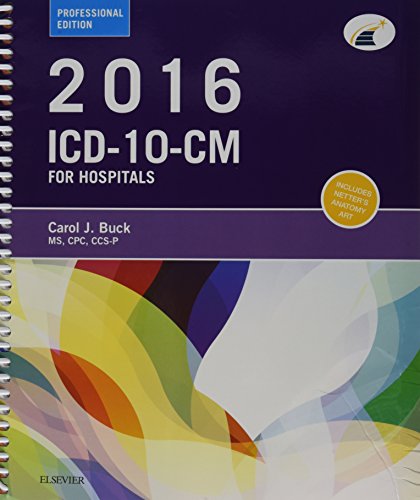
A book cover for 2016 ICD-10-CM Hospital Professional Edition (Spiral bound), 2015 HCPCS Professional Edition and AMA 2015 CPT Professional Edition Package, 1e; Carol J. Buck MS  CPC  CCS-P; Medical Books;